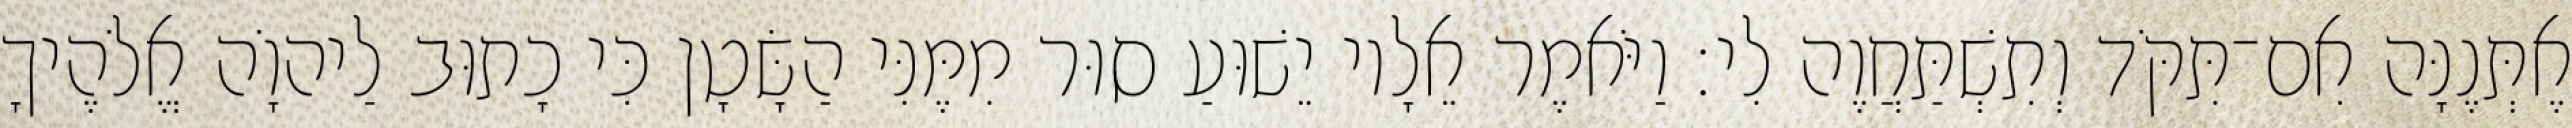
אֶתְּנֶנָּה אִם־תִּקֹּד וְתִשְׁתַּחֲוֶה לִי׃ וַיֹּאמֶר אֵלָיו יֵשׁוּעַ סוּר מִמֶּנִּי הַשָּׂטָן כִּי כָתוּב לַיהוָֹה אֱלֹהֶיךָ